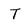
Character: T